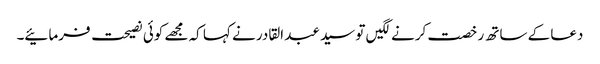
دعا کے ساتھ رخصت کرنے لگیں تو سید عبد القادر نے کہا کہ مجھے کوئی نصیحت فرمائیے۔